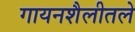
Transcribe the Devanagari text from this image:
गायनशैलीतले